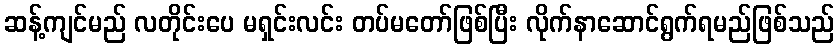
ဆန့်ကျင်မည် လတိုင်းပေ မရှင်းလင်း တပ်မတော်ဖြစ်ပြီး လိုက်နာဆောင်ရွက်ရမည်ဖြစ်သည်